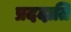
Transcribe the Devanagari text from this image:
प्रददाति